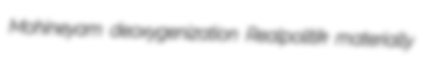
Mohineyam deoxygenization Realpolitik materially